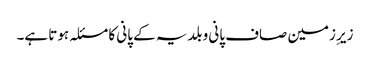
زیرِ زمین صاف پانی و بلدیہ کے پانی کا مسئلہ ہوتا ہے۔